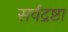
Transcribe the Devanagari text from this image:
सर्वद्रष्टा